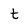
Character: t